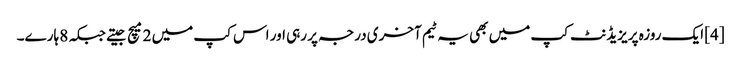
[4] ایک روزہ پریزیڈنٹ کپ میں بھی یہ ٹیم آخری درجہ پر رہی اور اس کپ میں 2 میچ جیتے جبکہ 8 ہارے۔